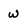
Character: w